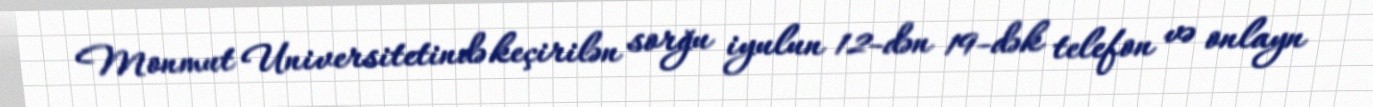
Monmut Universitetində keçirilən sorğu iyulun 12-dən 19-dək telefon və onlayn